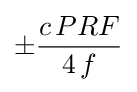
\pm {\frac {c\,PRF}{4\,f}}